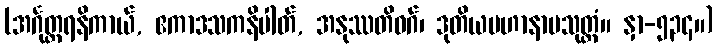
(အင်္ဂုတ္တရနိကာယ်, ဧကာဒသကနိပါတ်, အနုဿတိဝဂ်၊ ဒုတိယမဟာနာမသုတ္တံ။ နှာ-၅၃၄။)